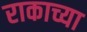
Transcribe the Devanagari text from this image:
राकाच्या